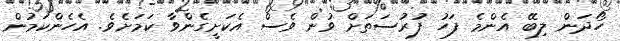
ހޯދަން ލިބޭ އެންމެ ފަހު ފުރުސަތަށް ވުން ވެސް އެކަށީގެންވާ ކަމަށެވެ. އެހެންކަމުން